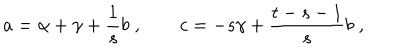
LaTeX: a = \alpha + \gamma + { \frac { 1 } { s } } b \; , \qquad c = - { s } \gamma + { \frac { t - s - 1 } { s } } b \; ,